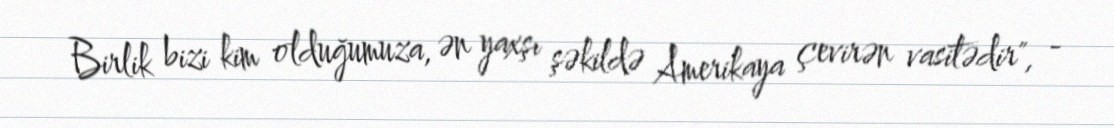
Birlik bizi kim olduğumuza, ən yaxşı şəkildə Amerikaya çevirən vasitədir", -